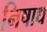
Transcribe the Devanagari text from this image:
निषाध